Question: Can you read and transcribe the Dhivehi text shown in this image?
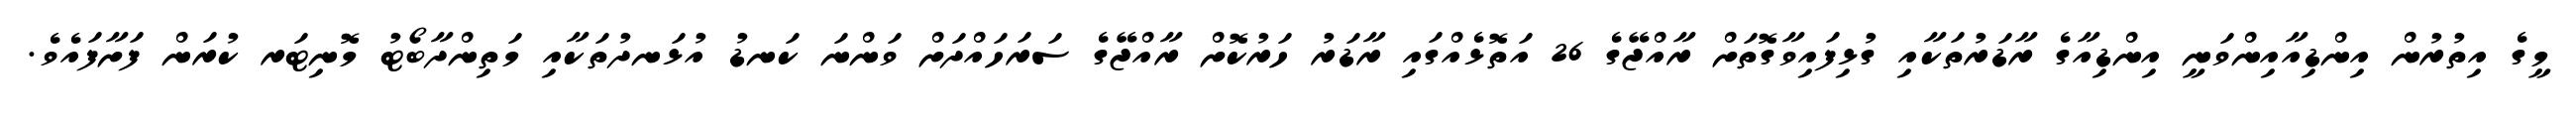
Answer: މީގެ އިތުރުން އިންޑިއާއިންވަނީ އިންޑިއާގެ ރާޑަރުތަކާއި ގުޅިފައިވާގޮތަށް ރާއްޖޭގެ 26 އަތޮޅެއްގައި ރާޑަރު ހަރުކޮށް ރާއްޖޭގެ ސަރަހައްދަށް ވަންނަ ކަނޑު އުޅަނދުތަކާއި މަތިންދާބޯޓު މޮނިޓަރ ކުރަން ފަށާފައެވެ.